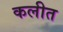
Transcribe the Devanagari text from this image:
कलीत